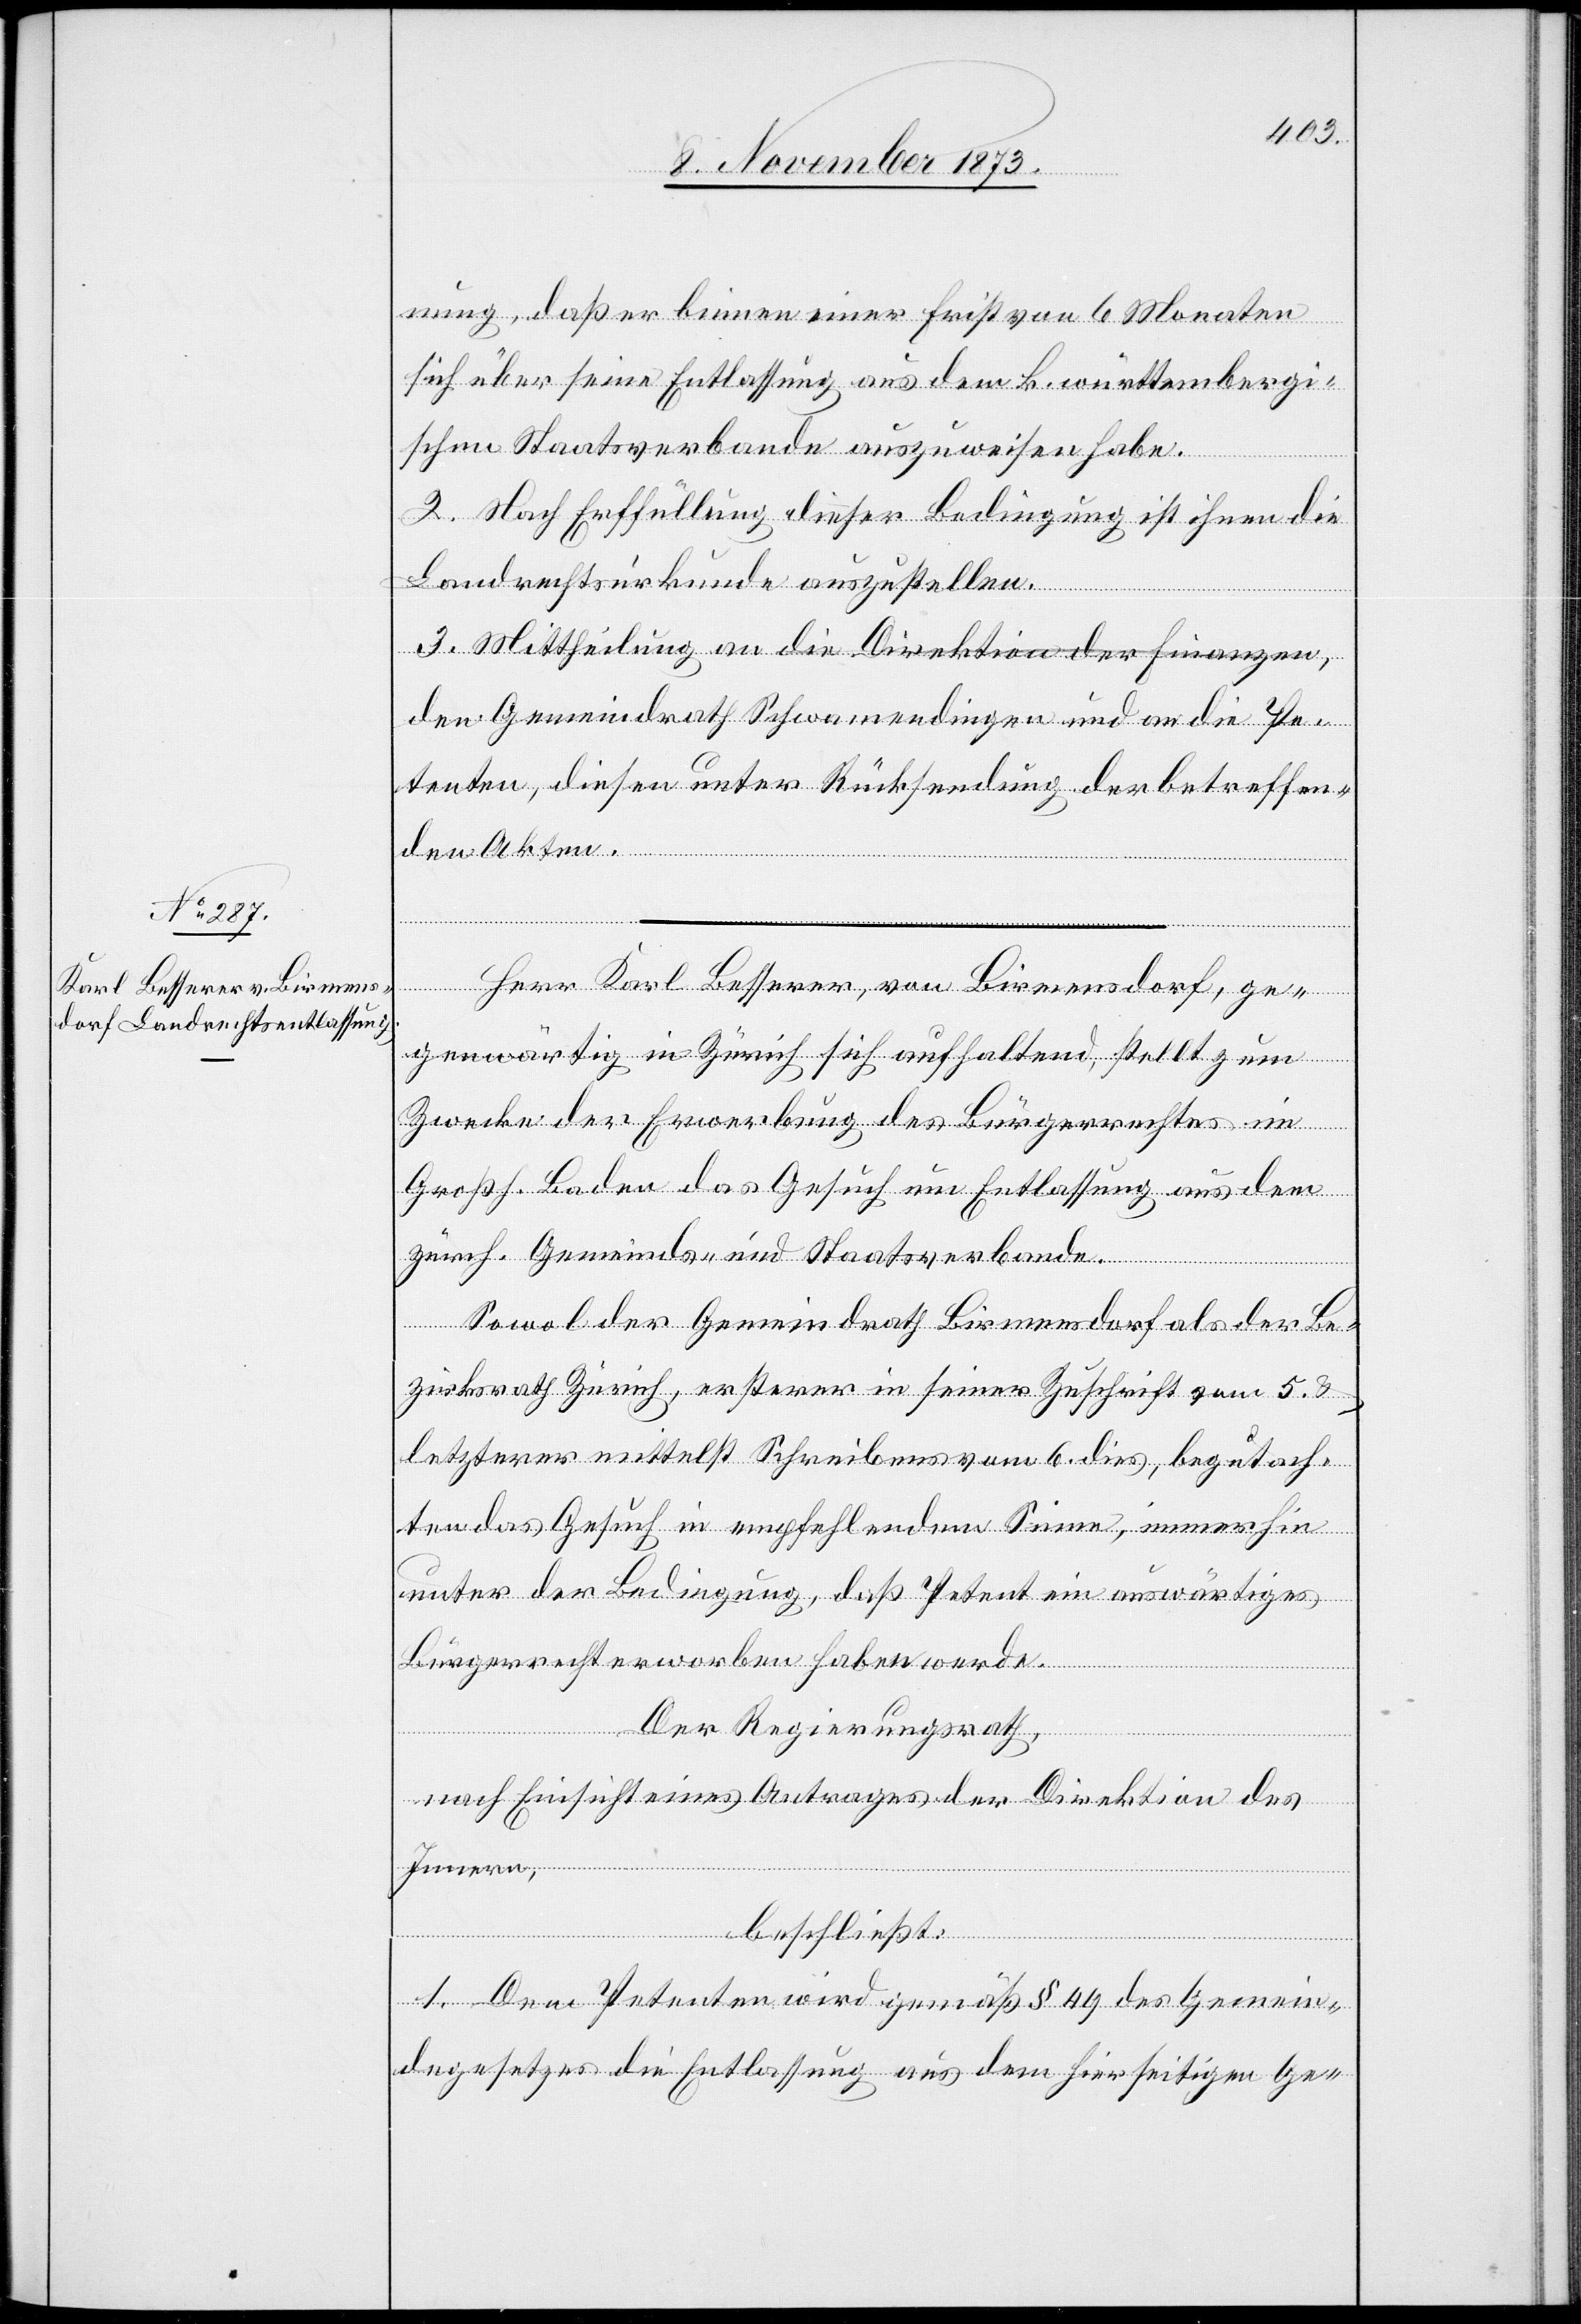
nung, daß er binnen einer Frist von 6 Monaten
sich über seine Entlassung aus dem k. württembergi¬
schen Staatsverbande auszuweisen habe.
2. Nach Erffüllung [sic!] dieser Bedingung ist ihnen die
Landrechtsurkunde auszustellen.
3. Mittheilung an a-die Direktion der Finanzen,-a
den Gemeindrath Schwamendingen und an die Pe¬
tenten, diesen unter Rücksendung der betreffen¬
den Akten.
Herr Karl Besserer, von Birmensdorf, ge¬
genwärtig in Zürich sich aufhaltend, stellt zum
Zwecke der Erwerbung des Bürgerrechtes im
Großh. Baden das Gesuch um Entlassung aus dem
zürch. Gemeinds- und Staatsverbande.
Sowol der Gemeindrath Birmensdorf als der Be¬
zirksrath Zürich, ersterer in seiner Zuschrift vom 5. &
letzterer mittelst Schreibens vom 6. dies, begutach¬
ten das Gesuch in empfehlendem Sinne, immerhin
unter der Bedingung, daß Petent ein auswärtiges
Bürgerrecht erworben haben werde.
Der Regierungsrath,
nach Einsicht eines Antrages der Direktion des
Innern,
beschließt:
1. Dem Petenten wird gemäß § 49 des Gemein¬
degesetzes die Entlassung aus dem hierseitigen Ge-